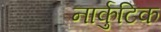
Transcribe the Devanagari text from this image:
नार्कुटिक